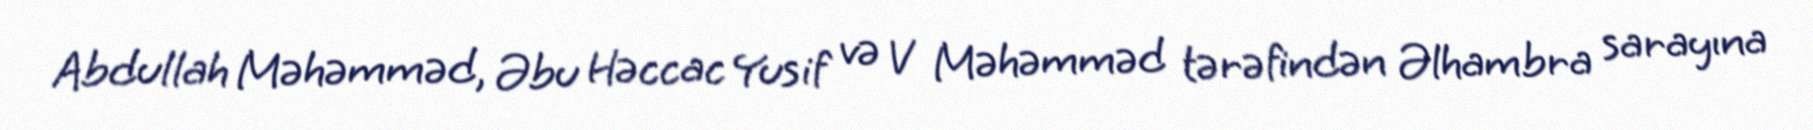
Abdullah Məhəmməd, Əbu Həccac Yusif və V Məhəmməd tərəfindən Əlhambra sarayına